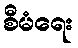
စီမံရေး